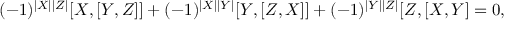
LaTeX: ( - 1 ) ^ { | X | | Z | } [ X , [ Y , Z ] ] + ( - 1 ) ^ { | X | | Y | } [ Y , [ Z , X ] ] + ( - 1 ) ^ { | Y | | Z | } [ Z , [ X , Y ] = 0 ,